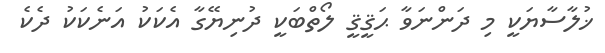
ޚުލާސާޔަކީ މި ދަންނަވާ ޙަޤީޤީ ލޯތްބަކީ ދުނިޔޭގާ އެކަކު އަނެކަކު ދެކެ